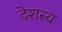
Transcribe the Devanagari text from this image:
देशस्य